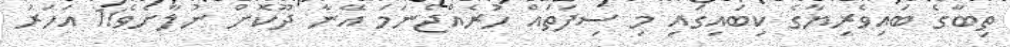
ތިބާގެ ބައިވެރިޔާގެ ކިބައިގައި މި ސިފަތައް ހުރެއްޖެނަމަ އޭނާ ދޫކޮށް ނުލާށެވެ!1 އަހަރު